Heimtali_vallavalitsus, lk 73
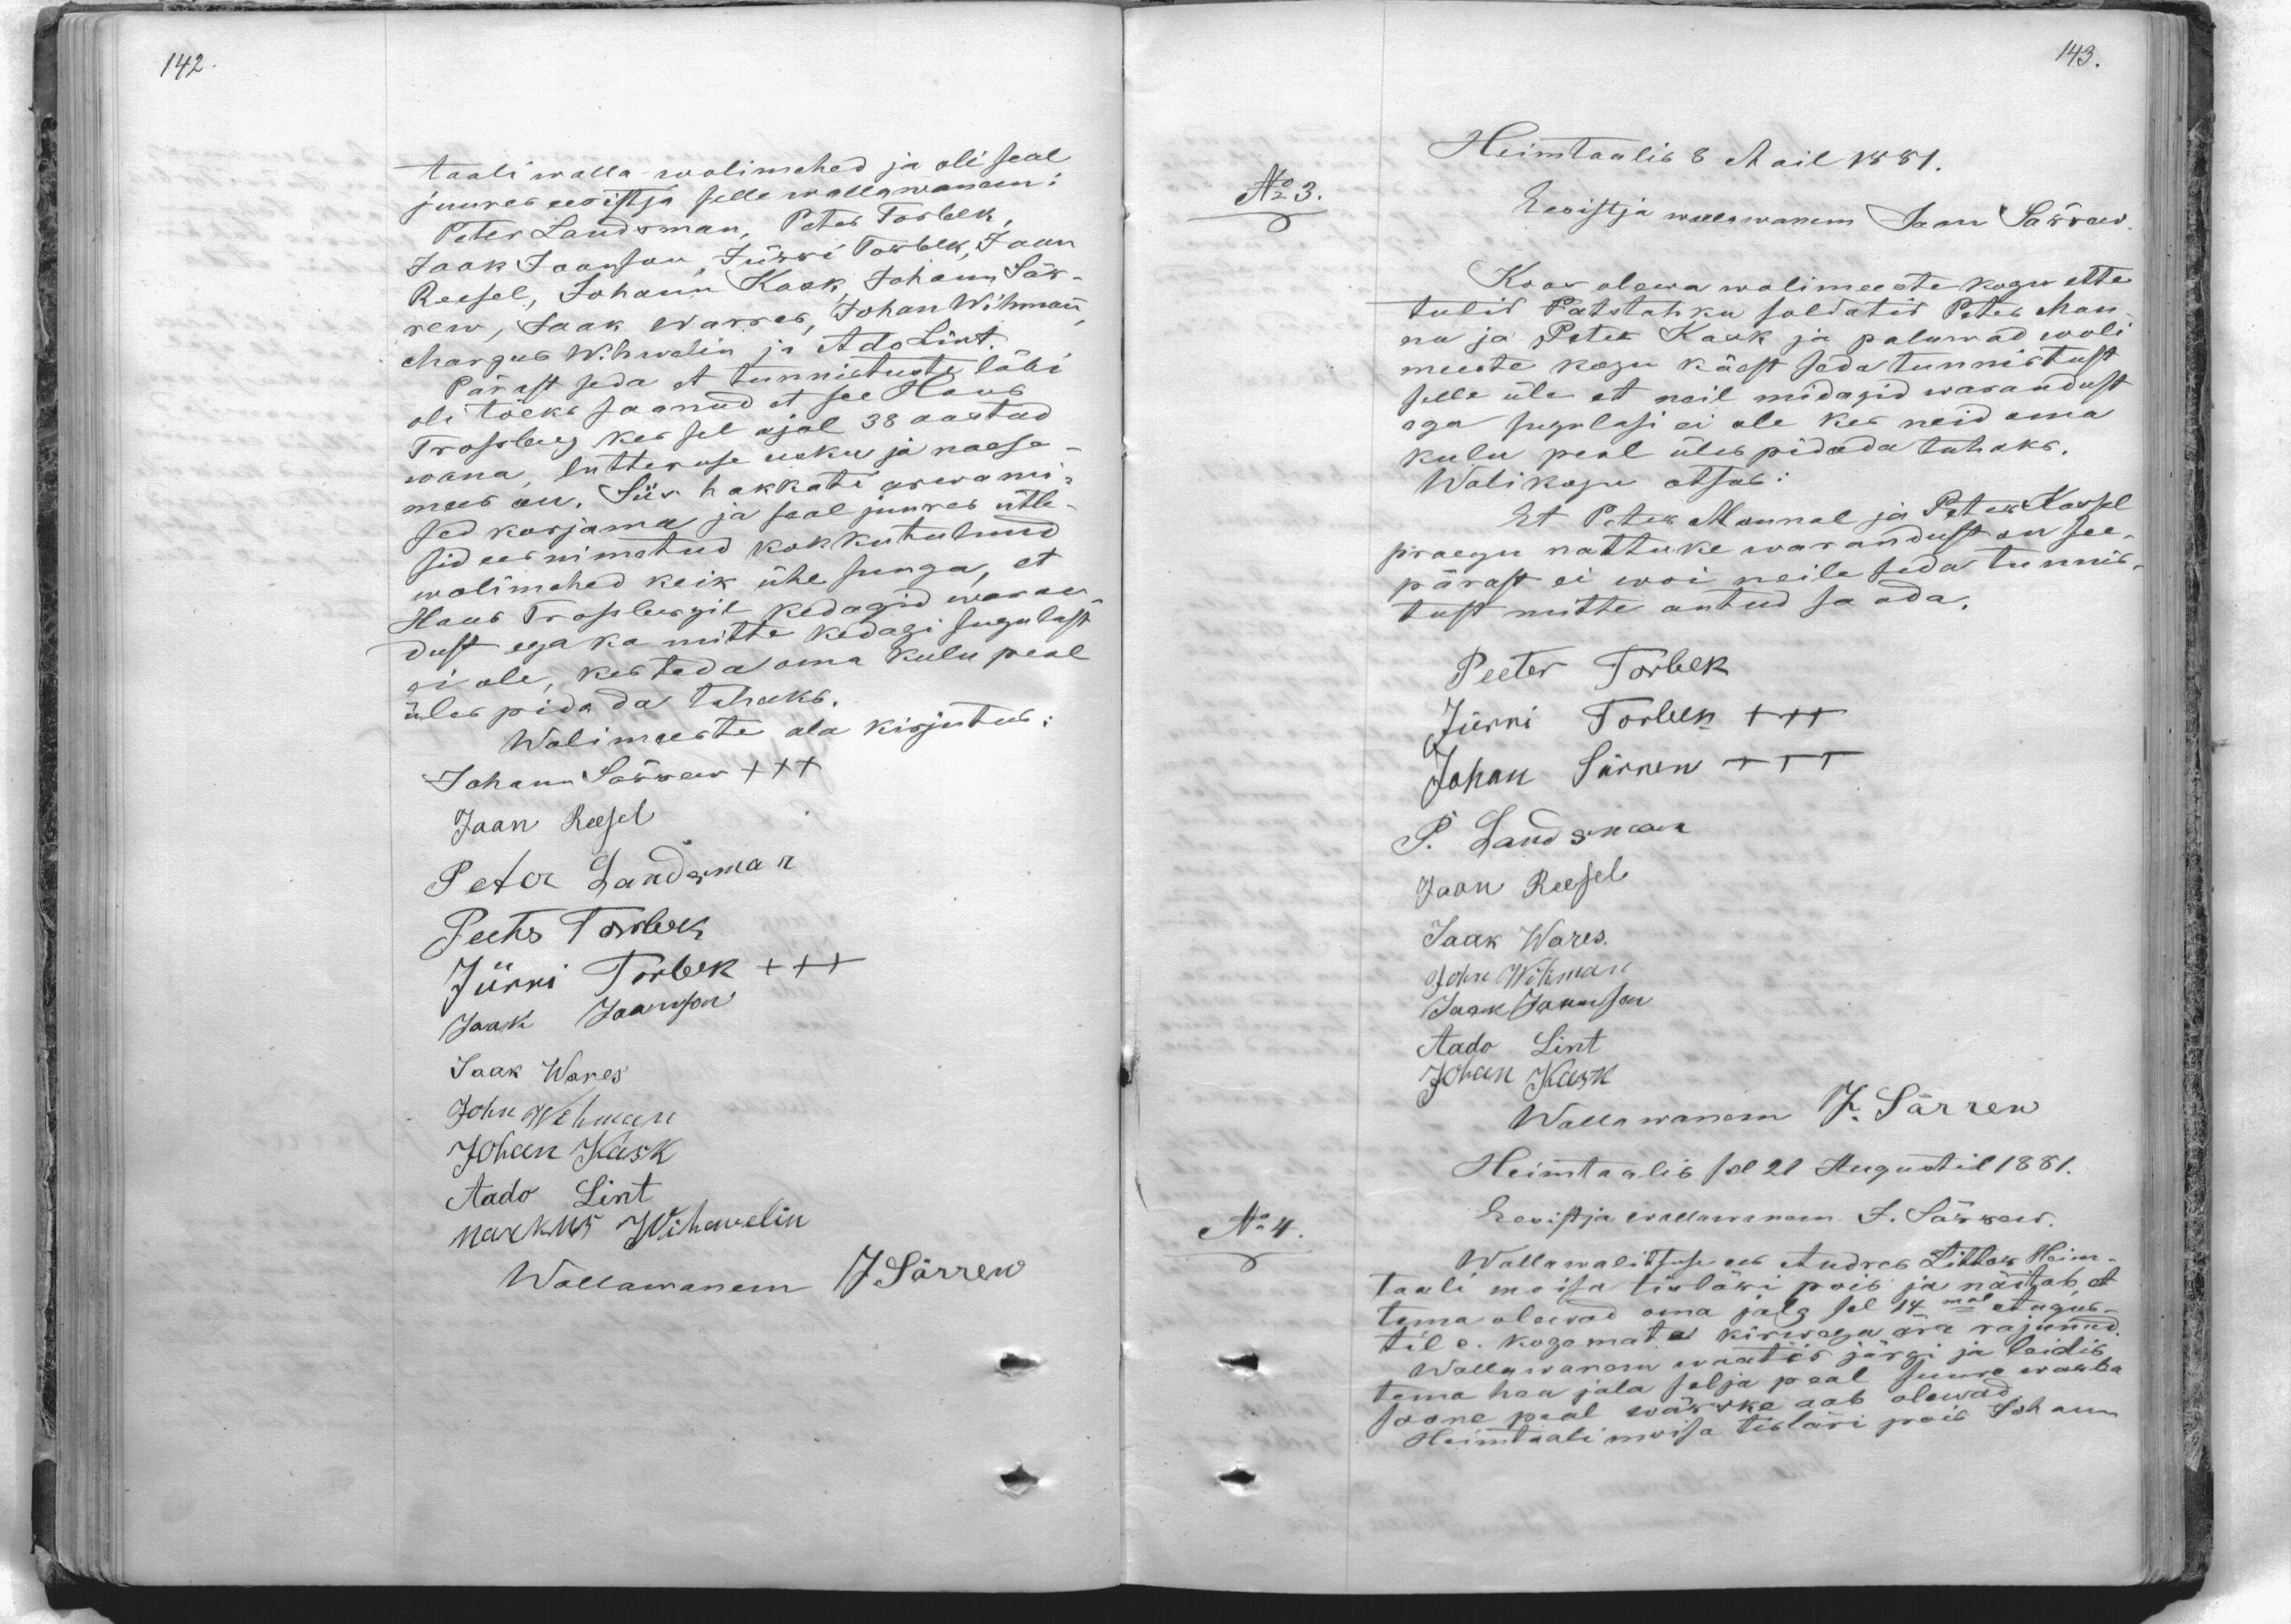
taali walla wolimehed ja oli seal
juures eesistja selle wallawanem:
Peter Landsman, Peter Torbek
Jaak Jaanson Jürri Torbek, Jaan
Reesel, Johann Kask, Johann Sär-
rew, Jaak Warres, Johan Wihman
Margus Wihwelin ja Ado Lint.
Pärast seda et tunnistuste läbi
Trosberg kes sel ajal 38 aastad
oli tõeks saanud et see Hans
wana, lutteruse usku ja naesa-
mees on. Siis hakkati arwami-
sed karjama ja seal juures ütle-
sid ees nimetud kokkutulnud
wolimehed keik ühe suuga, et
Наns Trosbergil, kedagid wasau
dust ega ka mitte kedagi sugulast
ei ole, kes teda oma kulu peal
üles pidada tahaks.
Wolimeeste ala kirjutus:
Johann Särrew XXX
Jaan Reesel
Peter Landsman
Peeter Torbek
Jürri Torbek XXX
Jaak Jaanson
Jaak Wares
John Wihman
Johan Kask
Aado Lint
Markus Wihwelin
Wallawanem J. Särrew

Heimtaalis 8 Mail 1881.
No 3.
Eesistja wallawanem Jaan Särrew
Koos olewa wolimeeste kogu ette
tulid Patstahku soldatid Peter Man-
na ja Peter Kask ja paluwad woli
meeste kogu käest seda tunnistust
selle üle et neil midagid warandust
aga sugulasi ei ole kes neid oma
kulu peal üles pidada tahaks.
Wolikogu otsub:
Et Peter Mannal ja Peter Kassel
praegu nattuke warandust on see-
pärast ei woi neile seda tunnis-
tust mitte antud saada.
Peeter Torbek
Jürri Torbek XXX
Johan Särrew XXX
P. Landsman
Jaan Reesel
Jaak Wares.
John Wihman
Jaak Jannson
Aado Lint
Johan Kask
Wallawanem J. Särrew
Heimtaalis sel 21 Augustil 1881.
No:4
Eesistja wallawanem J. Särrew
Wallawalitsuse ees Andreb Littar Heim-
taali moisa tisläri pois ja näitab et
tema olewad oma jalg sel 14mal Augus-
tile. kogamata kirwaga ära rajunud.
Wallawanem waatis järgi ja leidis
tema haa jala selja peal suure warba
soone peal wärske aab olewad
Heimtaali moisa tisläri pois Johann